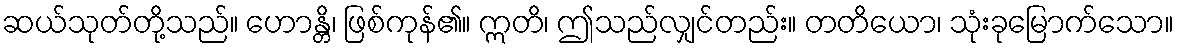
ဆယ်သုတ်တို့သည်။ ဟောန္တိ၊ ဖြစ်ကုန်၏။ ဣတိ၊ ဤသည်လျှင်တည်း။ တတိယော၊ သုံးခုမြောက်သော။